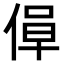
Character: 𫣁